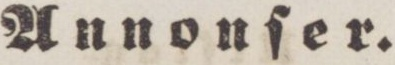
Annonſer.